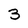
Character: 3